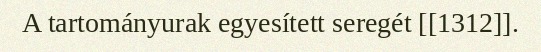
A tartományurak egyesített seregét [[1312]].